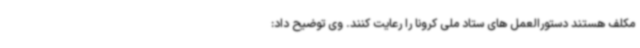
مکلف هستند دستورالعمل های ستاد ملی کرونا را رعایت کنند. وی توضیح داد: